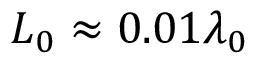
L _ { 0 } \approx 0 . 0 1 \lambda _ { 0 }